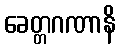
ခေတ္တဂဏာနိ